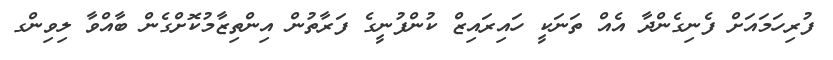
ފުރިހަމައަށް ފެނިގެންދާ އެއް ތަނަކީ ހައިރައިޒް ކުންފުނީގެ ފަރާތުން އިންތިޒާމުކޮށްގެން ބާއްވާ ލިވިންގ